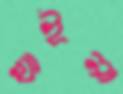
খাইনা